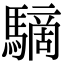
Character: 䮰